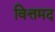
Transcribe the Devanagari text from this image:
वित्तमद